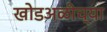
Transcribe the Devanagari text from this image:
खोडअळीच्या